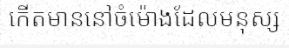
កើតមាននៅចំម៉ោងដែលមនុស្ស